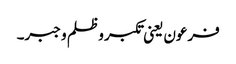
فرعون یعنی تکبر و ظلم و جبر۔